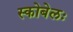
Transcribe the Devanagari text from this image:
स्कोबेलः